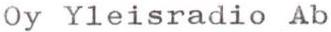
Oy Yleisradio Ab